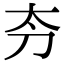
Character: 𫥲